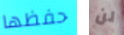
حفظها لن